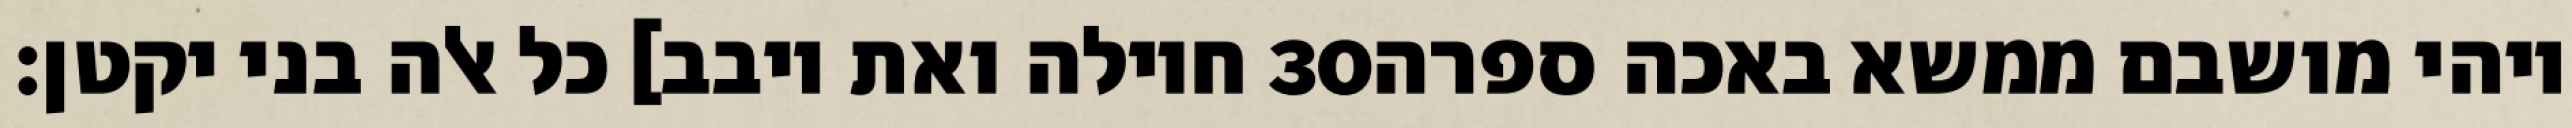
חוילה ואת יובב] כל אלה בני יקטן׃ ‎30‏ ויהי מושבם ממשא באכה ספרה